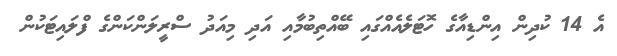
އެ 14 ކުދިން އިންޑިއާގެ ހޮޓަލެއެއްގައި ބޭއްތިބުމާއި އަދި މިއަދު ސްރީލަންކަންގެ ފްލައިޓަކުން